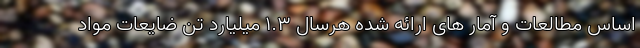
اساس مطالعات و آمار های ارائه شده هرسال ۱.۳ میلیارد تن ضایعات مواد